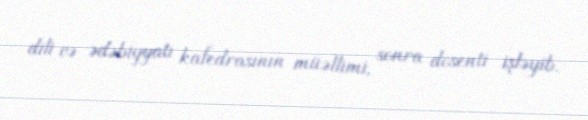
dili və ədəbiyyatı kafedrasının müəllimi, sonra dosenti işləyib.